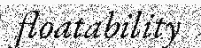
floatability